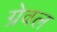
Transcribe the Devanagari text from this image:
ग्रेवल